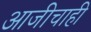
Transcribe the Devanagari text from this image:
आजीचाही